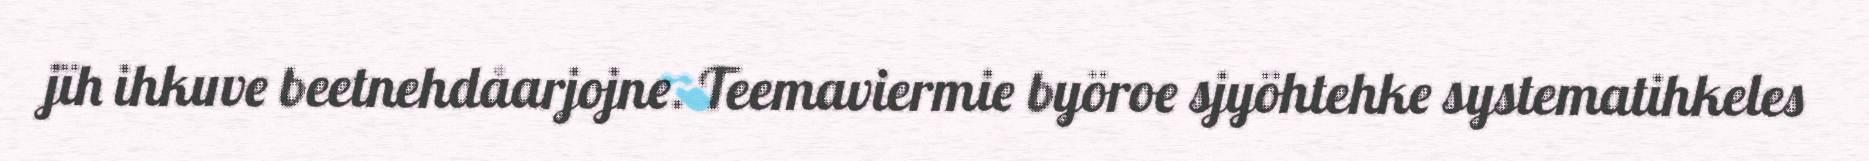
jïh ihkuve beetnehdåarjojne. Teemaviermie byöroe sjyöhtehke systematihkeles